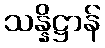
သန္နိဋ္ဌာန်